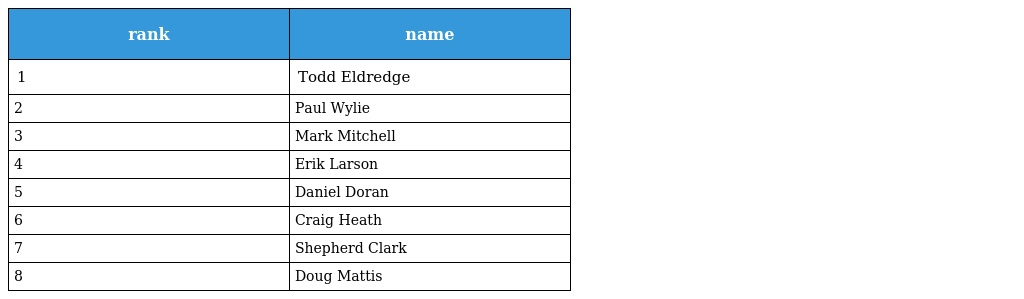
| rank | name |
 | --- | --- |
 | 1 | Todd Eldredge |
 | 2 | Paul Wylie |
 | 3 | Mark Mitchell |
 | 4 | Erik Larson |
 | 5 | Daniel Doran |
 | 6 | Craig Heath |
 | 7 | Shepherd Clark |
 | 8 | Doug Mattis |